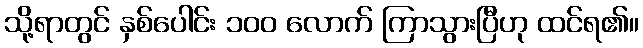
သို့ရာတွင် နှစ်ပေါင်း ၁၀၀ လောက် ကြာသွားပြီဟု ထင်ရ၏။